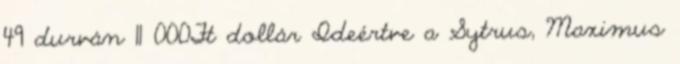
49 durván 11 000Ft dollár Ideértve a Sytrus, Maximus